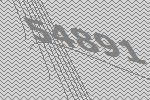
54891